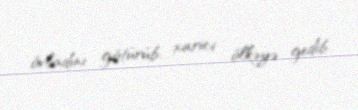
övladını götürüb, xarici ölkəyə gedib.